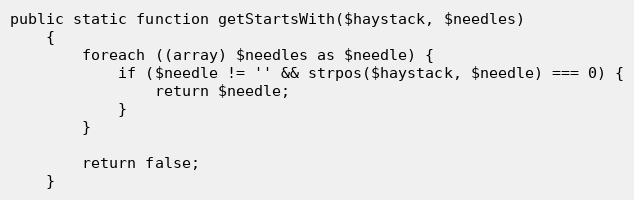
Language: PHP
public static function getStartsWith($haystack, $needles)
    {
        foreach ((array) $needles as $needle) {
            if ($needle != '' && strpos($haystack, $needle) === 0) {
                return $needle;
            }
        }

        return false;
    }